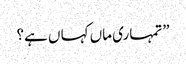
”تمہاری ماں کہا ں ہے؟